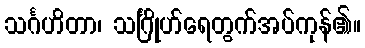
သင်္ဂဟိတာ၊ သင်္ဂြိုဟ်ရေတွက်အပ်ကုန်၏။